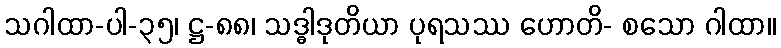
သဂါထာ-ပါ-၃၅၊ ဋ္ဌ-၈၈၊ သဒ္ဓါဒုတိယာ ပုရသဿ ဟောတိ- စသော ဂါထာ။